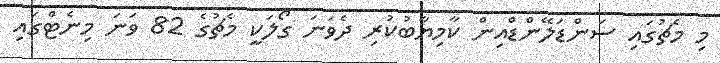
މި މެޗުގައި ސަންޑަލޭންޑްއިން ކާމިޔާބުކުރި ދެވަނަ ގޯލަކީ މެޗުގެ 82 ވަނަ މިނެޓްގައި